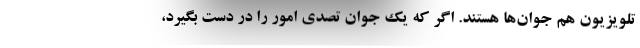
تلویزیون هم جوان‌ها هستند. اگر که یک جوان تصدی امور را در دست بگیرد،